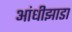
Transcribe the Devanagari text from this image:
आंधीझाडा